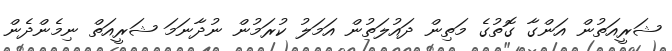
ޝަރީއަތުން އަންގާ ގޮތުގެ މަތިން ދައުލަތުން އަމަލު ކުރަމުން ނުދާނަމަ ޝަރީއަތް ނިމެންދެން